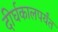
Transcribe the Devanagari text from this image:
दीर्घकालपर्यंत